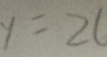
y = 2 6